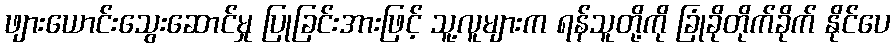
ဖျားယောင်းသွေးဆောင်မှု ပြုခြင်းအားဖြင့် သူ့လူများက ရန်သူတို့ကို ခြုံခိုတိုက်ခိုက် နိုင်ပေ